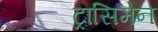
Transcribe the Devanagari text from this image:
ट्रासिमेन